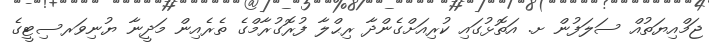
ޖަމްއިޔަތުއް ސަލަފުން ށ. އަތޮޅުގައި ކުރިއަށްގެންދާ ރިޙްލާ ފުރޮގުރާމްގެ ތެރެއިން މަދީނާ ޔުނިވަރސިޓީގެ